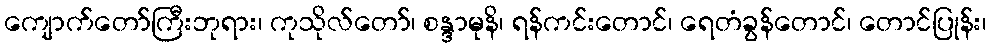
ကျောက်တော်ကြီးဘုရား၊ ကုသိုလ်တော်၊ စန္ဒာမုနိ၊ ရန်ကင်းတောင်၊ ရေတံခွန်တောင်၊ တောင်ပြုန်း၊